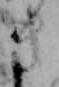
き